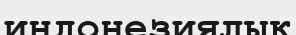
индонезиялық